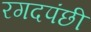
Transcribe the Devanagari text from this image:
रगदपंछी